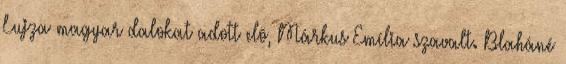
Lujza magyar dalokat adott elõ, Márkus Emília szavalt. Blaháné